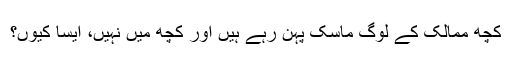
کچھ ممالک کے لوگ ماسک پہن رہے ہیں اور کچھ میں نہیں، ایسا کیوں؟